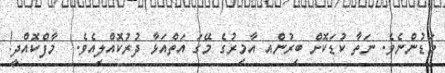
މަޑުންނެވެ. ނަތާ ކުޑަކޮށް ބިރުންއ އާމިރުގެ މޭގަ އަތްއަޅާ ދުރުކޮއްލިއެވެ.  މާފްކޮއްދީ!